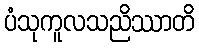
ပံသုကူလသညိဿာတိ